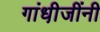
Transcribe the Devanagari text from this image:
गांधी़जींनी